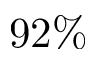
9 2 \%